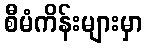
စီမံကိန်းများမှာ